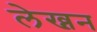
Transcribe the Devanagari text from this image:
लेख्नन